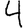
Digit: 4